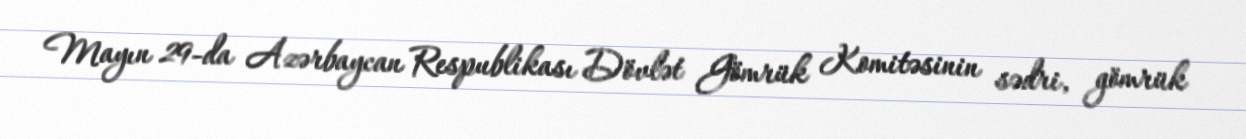
Mayın 29-da Azərbaycan Respublikası Dövlət Gömrük Komitəsinin sədri, gömrük